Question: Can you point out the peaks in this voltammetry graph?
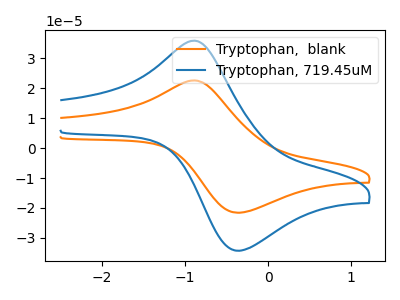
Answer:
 <answer>The orange curve "Tryptophan,  blank" has an anodic peak at (-0.90V, 22.60uA) and a cathodic peak at (-0.35V, -21.60uA). The blue curve "Tryptophan, 719.45uM" has an anodic peak at (-0.90V, 35.90uA) and a cathodic peak at (-0.35V, -34.30uA).</answer>
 <eval></eval>